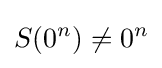
S(0^{n})\neq 0^{n}